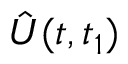
\hat { U } ( t , t _ { 1 } )